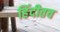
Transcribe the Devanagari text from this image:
हिंदीतच